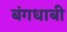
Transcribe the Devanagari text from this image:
बंगधाबी